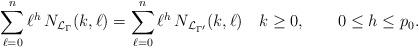
LaTeX: \begin{align*}\sum_{\ell=0}^n \ell^h \, N_{\mathcal L_{\Gamma}}(k,\ell) =\sum_{\ell=0}^n \ell^h \, N_{\mathcal L_{\Gamma'}}(k,\ell)\quad k\geq0,\qquad0\leq h\leq p_0.\end{align*}